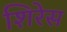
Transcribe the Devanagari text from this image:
शिरेस